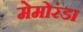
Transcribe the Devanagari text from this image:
मेमोरंडा